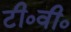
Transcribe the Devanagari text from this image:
टी०वी०